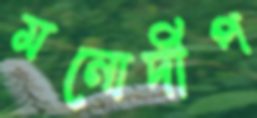
মনোদীপ